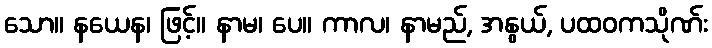
သော။ နယေန၊ ဖြင့်။ နာမ၊ ပေ။ ကာလ၊ နာမည်, အနွယ်, ပထဝကသိုဏ်း